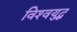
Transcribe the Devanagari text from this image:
विश्‍वयुद्ध